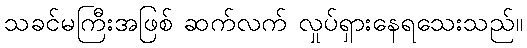
သခင်မကြီးအဖြစ် ဆက်လက် လှုပ်ရှားနေရသေးသည်။